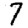
Digit: 7